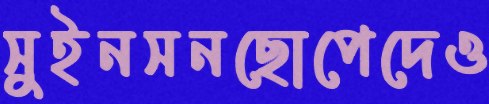
সুইনসনছোপেদেও